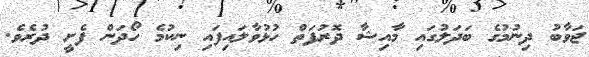
ޖަވާބު ދިނުމުގެ ބަދަލުގައި މާއިޝާ ދޮރުފަތް ހުޅުވާލައިފައި ނިކުމެ ހޯދަން ފެށީ ދުރެވެ.